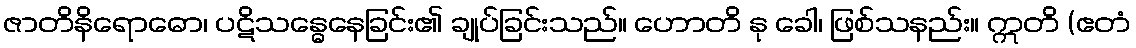
ဇာတိနိရောဓော၊ ပဋိသန္ဓေနေခြင်း၏ ချုပ်ခြင်းသည်။ ဟောတိ နု ခေါ၊ ဖြစ်သနည်း။ ဣတိ (ဧတံ